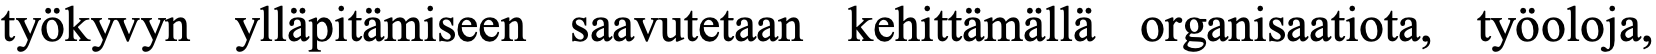
työkyvyn ylläpitämiseen saavutetaan kehittämällä organisaatiota, työoloja,